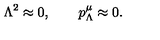
\Lambda ^ { 2 } \approx 0 , \qquad p _ { \Lambda } ^ { \mu } \approx 0 .